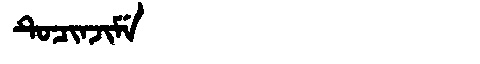
Manchu: ᡨᡠᠴᡳᠨᠵᡳᠮᡝ
Romanization: TUCINJIME